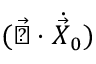
( \vec { \bigtriangledown } \cdot { \dot { \vec { X } } } _ { 0 } )